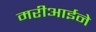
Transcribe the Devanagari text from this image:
मरीआईने